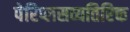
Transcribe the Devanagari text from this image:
पेरिप्लसव्यतिरिक्त